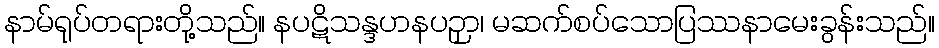
နာမ်ရုပ်တရားတို့သည်။ နပဋိသန္ဒဟနပဉှာ၊ မဆက်စပ်သောပြဿနာမေးခွန်းသည်။